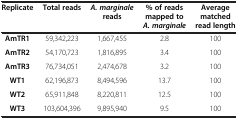
<table><thead><tr><td><b>Replicate</b></td><td><b>Total reads</b></td><td><b><i>A. marginale</i>reads</b></td><td><b>% of reads mapped to<i>A. marginale</i></b></td><td><b>Average matched read length</b></td></tr></thead><tbody><tr><td><b>AmTR1</b></td><td>59,342,223</td><td>1,667,455</td><td>2.8</td><td>100</td></tr><tr><td><b>AmTR2</b></td><td>54,170,723</td><td>1,816,895</td><td>3.4</td><td>100</td></tr><tr><td><b>AmTR3</b></td><td>76,734,051</td><td>2,474,678</td><td>3.2</td><td>100</td></tr><tr><td><b>WT1</b></td><td>62,196,873</td><td>8,494,596</td><td>13.7</td><td>100</td></tr><tr><td><b>WT2</b></td><td>65,911,848</td><td>8,220,811</td><td>12.5</td><td>100</td></tr><tr><td><b>WT3</b></td><td>103,604,396</td><td>9,895,940</td><td>9.5</td><td>100</td></tr></tbody></table>